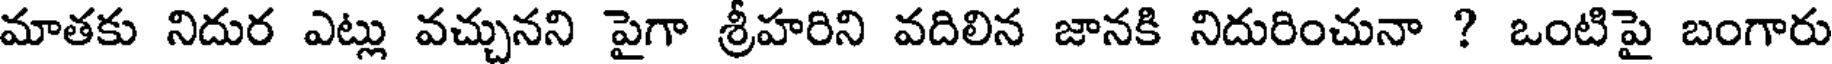
మాతకు నిదుర ఎట్లు వచ్చునని పైగా శ్రీహరిని వదిలిన జానకి నిదురించునా ? ఒంటిపై బంగారు